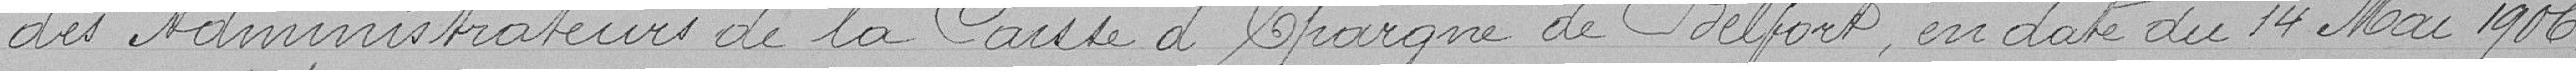
des Administrateurs de la Caisse d'Epargne de Belfort, en date du 14 Mai 1906.